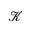
\mathcal { K }